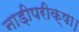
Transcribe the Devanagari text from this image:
नाड़ीपरीक्षा।